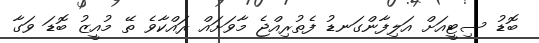
ބޮޑު ސިޓީއަށް އަލިފާންގަނޑު ފެތުރިއްޖެ މާވަށައް ރައްކާވެ ތޭ މުއީޒު ބޮޑަ ވަގާ